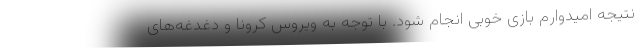
نتیجه امیدوارم بازی خوبی انجام شود. با توجه به ویروس کرونا و دغدغه‌های